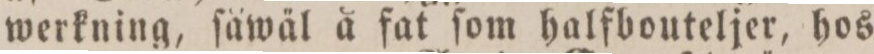
werkning, ſäwäl å fat ſom halfbouteljer, hos